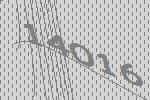
14016